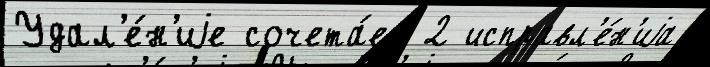
Удал'е́н'иjе сочета́ет 2 исправл'е́н'иjа